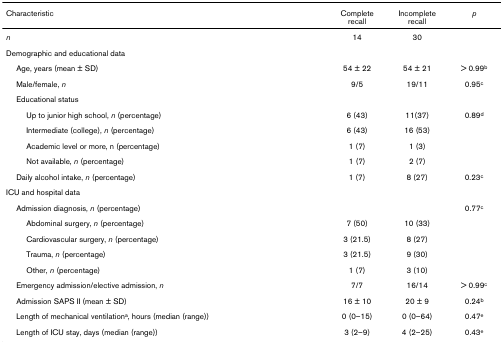
| Characteristic | Complete recall | Incomplete recall | p |
 | --- | --- | --- | --- |
 | n | 14 | 30 |  |
 | Demographic and educational data |  |  |  |
 | Age, years (mean ± SD) | 54 ± 22 | 54 ± 21 | > 0.99b |
 | Male/female, n | 9/5 | 19/11 | 0.95c |
 | Educational status |  |  |  |
 | Up to junior high school, n (percentage) | 6 (43) | 11(37) | 0.89d |
 | Intermediate (college), n (percentage) | 6 (43) | 16 (53) |  |
 | Academic level or more, n (percentage) | 1 (7) | 1 (3) |  |
 | Not available, n (percentage) | 1 (7) | 2 (7) |  |
 | Daily alcohol intake, n (percentage) | 1 (7) | 8 (27) | 0.23c |
 | ICU and hospital data |  |  |  |
 | Admission diagnosis, n (percentage) |  |  | 0.77c |
 | Abdominal surgery, n (percentage) | 7 (50) | 10 (33) |  |
 | Cardiovascular surgery, n (percentage) | 3 (21.5) | 8 (27) |  |
 | Trauma, n (percentage) | 3 (21.5) | 9 (30) |  |
 | Other, n (percentage) | 1 (7) | 3 (10) |  |
 | Emergency admission/elective admission, n | 7/7 | 16/14 | > 0.99c |
 | Admission SAPS II (mean ± SD) | 16 ± 10 | 20 ± 9 | 0.24b |
 | Length of mechanical ventilationa, hours (median (range)) | 0 (0–15) | 0 (0–64) | 0.47e |
 | Length of ICU stay, days (median (range)) | 3 (2–9) | 4 (2–25) | 0.43e |